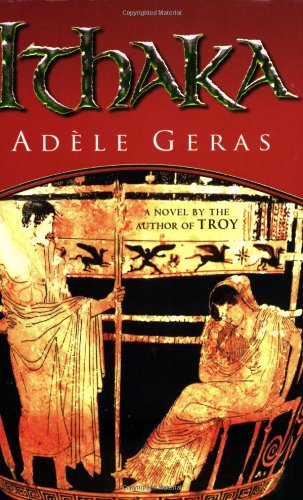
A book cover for Ithaka; AdÃ¨le Geras; Teen & Young Adult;